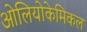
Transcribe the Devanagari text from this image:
ओलियोकेमिकल